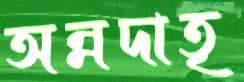
অন্নদাতৃ